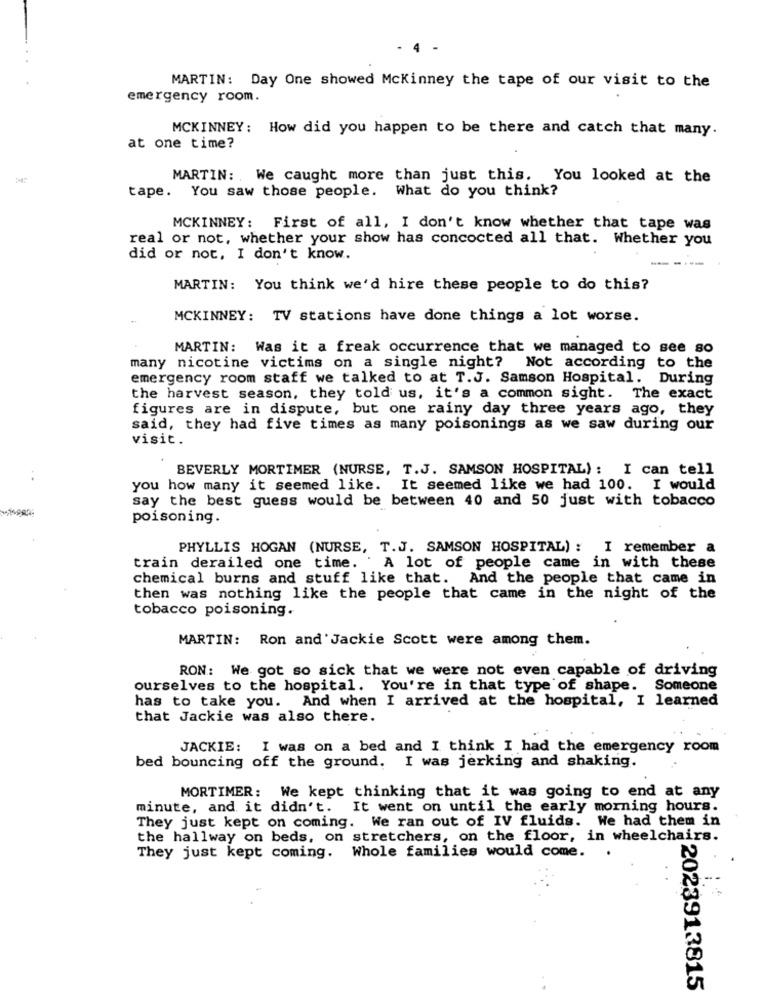
MARTIN: Day One showed Mckinney the tape of our visit to the
emergency room.
MCKINNEY: How did you happen to be there and catch that many.
at one time?
MARTIN: We caught more than just this. You looked at the
tape. You saw those people. What do you think?
MCKINNEY: First of all, I don't know whether that tape was
real or not, whether your show has concocted all that. Whether you
did or not, I don't know.
-
MARTIN: You think we'd hire these people to do this?
MCKINNEY: TV stations have done things a lot worse.
MARTIN: Was it a freak occurrence that we managed to see so
many nicotine victims on a single night? Not according to the
emergency room staff we talked to at T.J. Samson Hospital. During
the harvest season, they told us, it's a common sight. The exact
figures are in dispute, but one rainy day three years ago, they
said, they had five times as many poisonings as we saw during our
visit.
BEVERLY MORTIMER (NURSE, T.J. SAMSON HOSPITAL): I can tell
..
you how many it seemed like. It seemed like we had 100. I would
say the best guess would be between 40 and 50 just with tobacco
poisoning
PHYLLIS HOGAN (NURSE, T.J. SAMSON HOSPITAL) : I remember a
train derailed one time. A lot of people came in with these
chemical burns and stuff like that. And the people that came in
then was nothing like the people that came in the night of the
tobacco poisoning.
MARTIN: Ron and Jackie Scott were among them.
RON: We got so sick that we were not even capable of driving
ourselves to the hospital. You're in that type of shape. Someone
has to take you. And when I arrived at the hospital, I learned
that Jackie was also there.
JACKIE: I was on a bed and I think I had the emergency room
bed bouncing off the ground. I was jerking and shaking.
MORTIMER: We kept thinking that it was going to end at any
minute, and it didn't. It went on until the early morning hours.
They just kept on coming. We ran out of IV fluids. We had them in
the hallway on beds, on stretchers, on the floor, in wheelchairs.
They just kept coming. Whole families would come.
2023913815